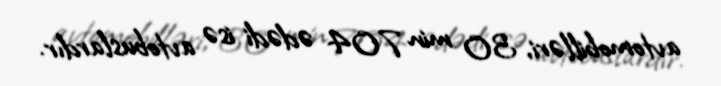
avtomobilləri, 30 min 704 ədədi isə avtobuslardır.